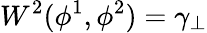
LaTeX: W^{2}(\phi^{1},\phi^{2})=\gamma_{\perp}